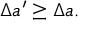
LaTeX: \Delta a ^ { \prime } \geq \Delta a .